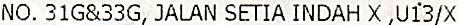
NO. 31G&33G, JALAN SETIA INDAH X ,U13/X